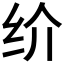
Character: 𰬀